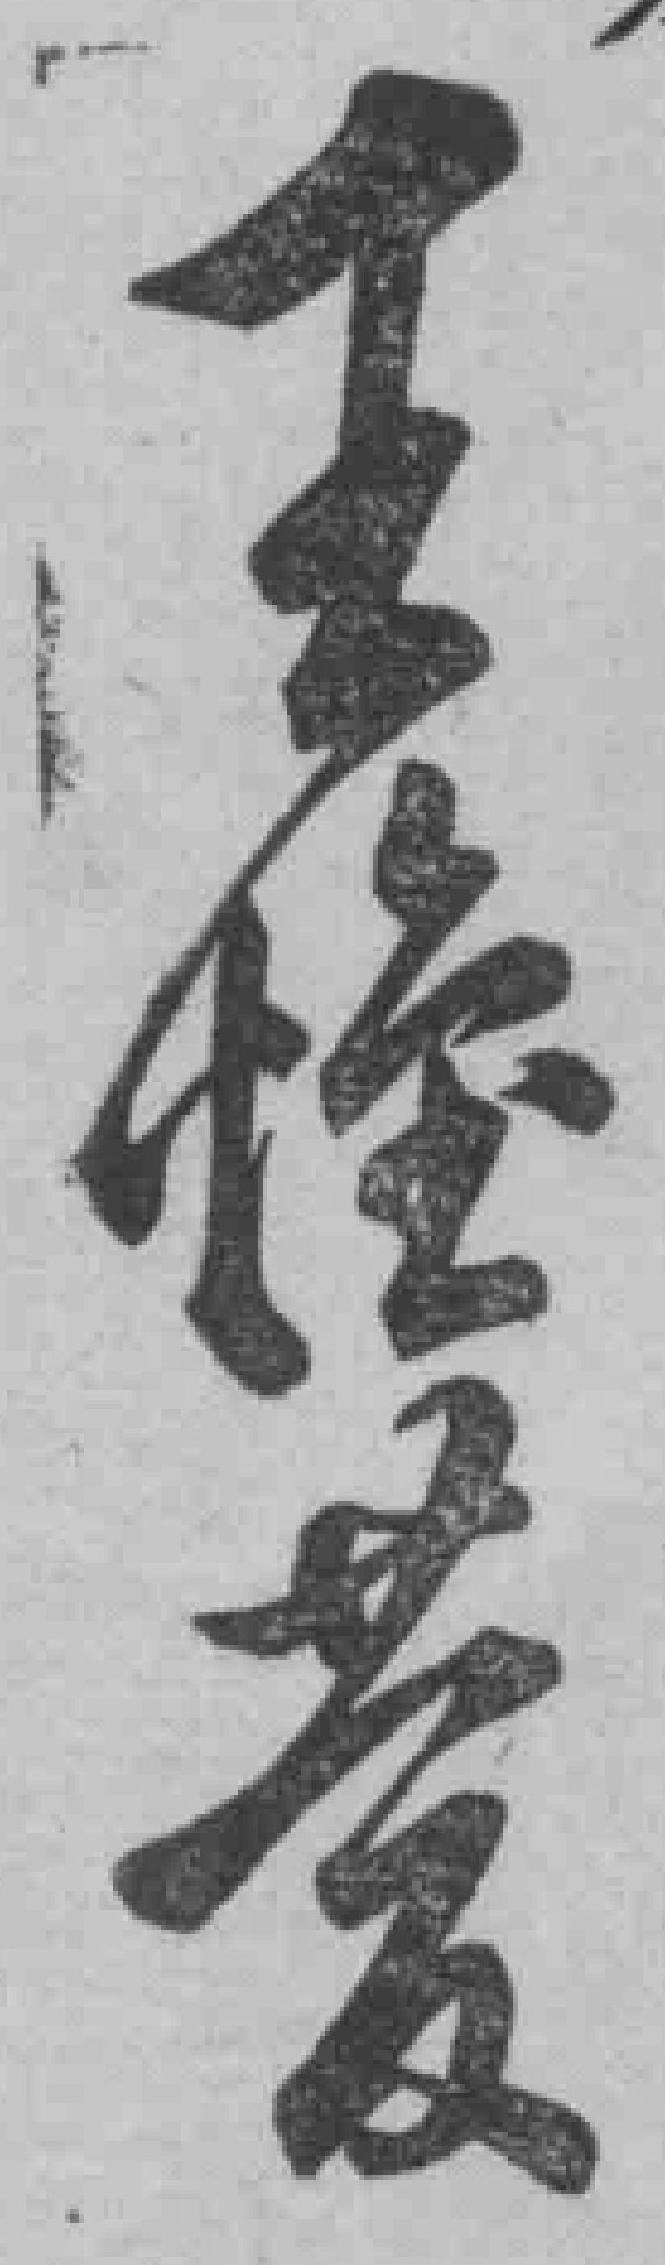
王*